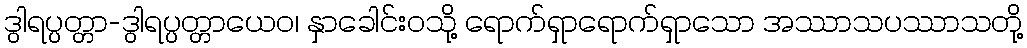
ဒွါရပ္ပတ္တာ-ဒွါရပ္ပတ္တာယေဝ၊ နှာခေါင်းဝသို့ ရောက်ရှာရောက်ရှာသော အဿာသပဿာသတို့